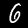
Digit: 6